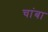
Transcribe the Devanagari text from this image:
चांबा